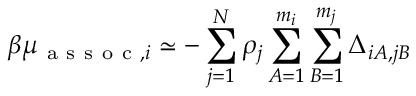
{ \beta \mu _ { \mathrm { ~ a ~ s ~ s ~ o ~ c ~ } , i } \simeq - \sum _ { j = 1 } ^ { N } \rho _ { j } \sum _ { A = 1 } ^ { m _ { i } } \sum _ { B = 1 } ^ { m _ { j } } \Delta _ { i A , j B } }